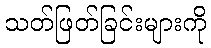
သတ်ဖြတ်ခြင်းများကို